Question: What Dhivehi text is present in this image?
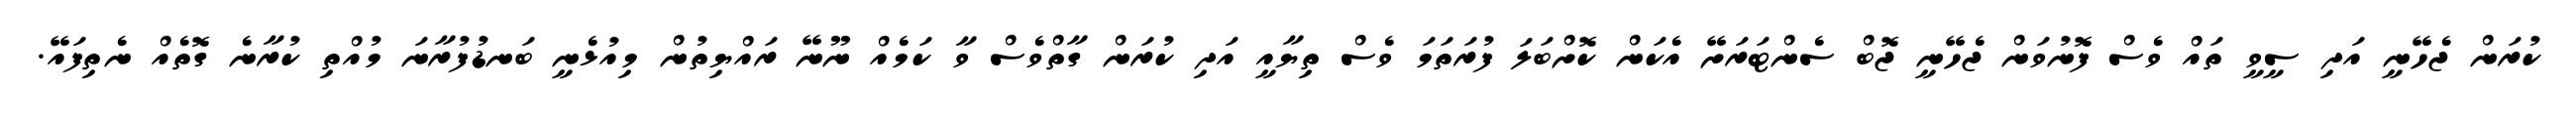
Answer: ކުރަން ޖެހޭނީ އަދި ސީވީ ތައް ވެސް ފޮނުވަން ޖެހޭނީ ޖޮބް ސެންޓަރަށޭ އެކަން ކޮށްބަލަ ފުރަތަމަ ވެސް ތިޔާއީ އަދި ކުރަން ގާތްވެސް ވާ ކަމެއް ނޫނޭ ރައްޔިތުން މިއުޅެނީ ބަނޑުފުރާނަ މުއްތި ކުރާނެ ގޮތެއް ނެތިފައޭ.